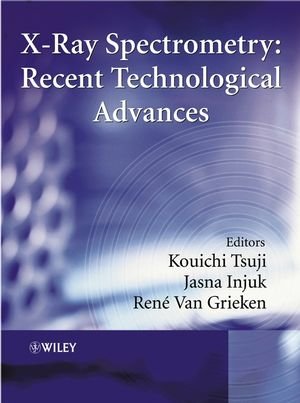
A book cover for X-Ray Spectrometry: Recent Technological Advances; Science & Math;